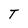
Character: T